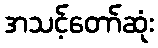
အသင့်တော်ဆုံး